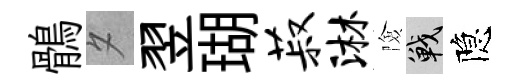
鶻夕翌瑚菽淋險戰隐